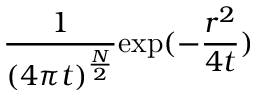
\frac { 1 } { ( 4 \pi t ) ^ { \frac { N } { 2 } } } \mathrm { e x p } ( - \frac { r ^ { 2 } } { 4 t } )